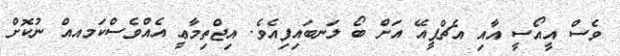
ވެސް އީއޯސީ އާއި އެޗްޕީއޭ އަށް ބޯ ލަނބައިފިއެވެ. އިޖްތިމާޢީ އެއްވެސްކަމއއް ނުކޮށް